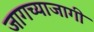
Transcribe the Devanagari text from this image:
जागच्याजागी